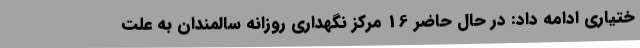
ختیاری ادامه داد: در حال حاضر 16 مرکز نگهداری روزانه سالمندان به علت